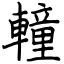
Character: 䡴